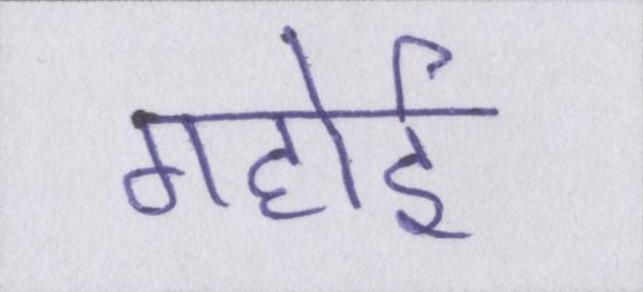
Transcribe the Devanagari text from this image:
गहोई